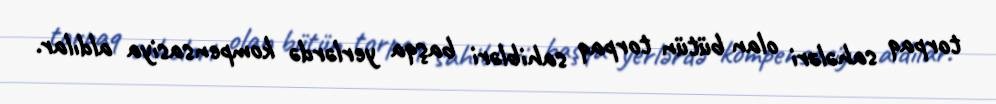
torpaq sahələri olan bütün torpaq sahibləri başqa yerlərdə kompensasiya aldılar.